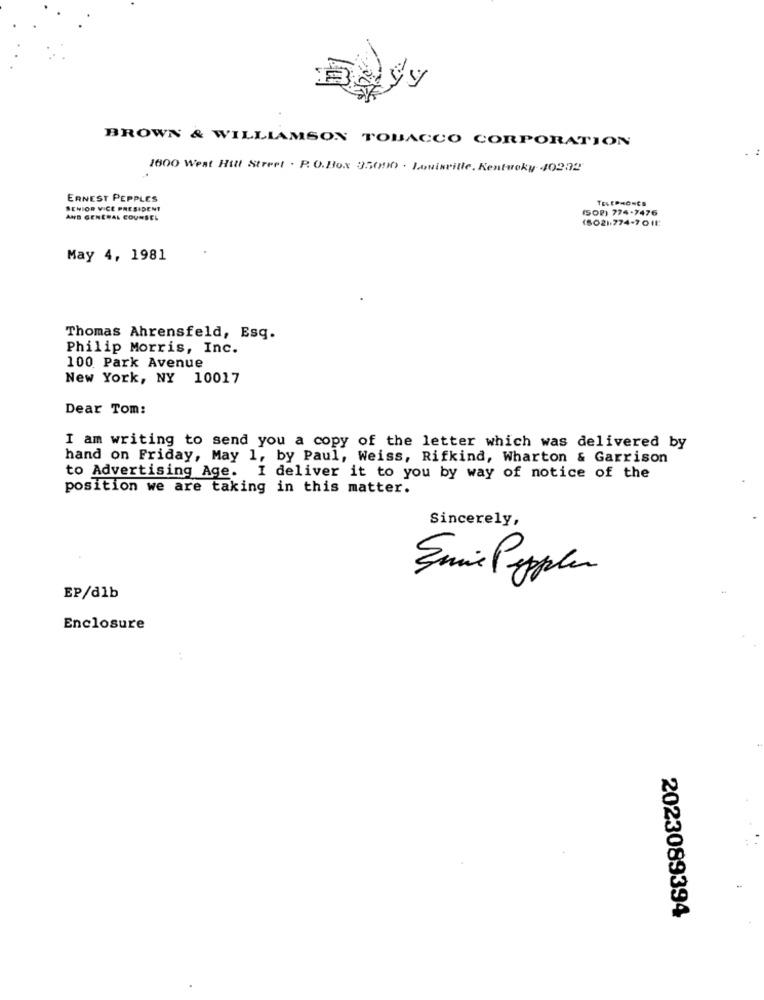
BROWN & WILLIAMSON TOBACCO CORPORATION
1600 West Hill Street . P. O.Box 35000 . Louisville, Kentucky 40232
ERNEST PEPPLES
TELEPHONES
SENIOR VICE PRESIDENT
(SOP) 774-7476
AND GENERAL COUNSEL
(802).774-701E
May 4, 1981
Thomas Ahrensfeld, Esq.
Philip Morris, Inc.
100 Park Avenue
New York, NY 10017
Dear Tom:
I am writing to send you a copy of the letter which was delivered by
hand on Friday, May 1, by Paul, Weiss, Rifkind, Wharton & Garrison
to Advertising Age. I deliver it to you by way of notice of the
position we are taking in this matter.
Sincerely,
Emie Poppler
EP/dlb
Enclosure
2023089394